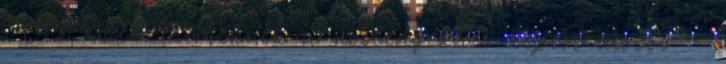
. Az emlős hímeknek a nőstényekhez képest kisebb –